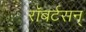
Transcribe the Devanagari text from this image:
रॉबर्टसन्